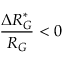
\frac { \Delta R _ { G } ^ { * } } { R _ { G } } < 0